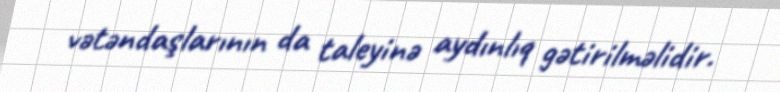
vətəndaşlarının da taleyinə aydınlıq gətirilməlidir.